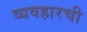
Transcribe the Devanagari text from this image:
व्यवहारची